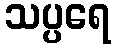
သပ္ပရေ